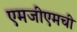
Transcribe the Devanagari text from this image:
एमजीएमची